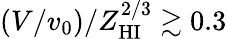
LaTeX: (V/v_{0})/Z_{\mathrm{HI}}^{2/3}\gtrsim 0.3